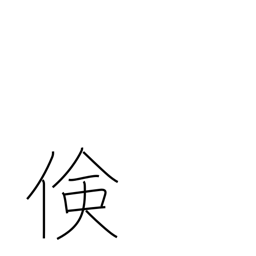
Meaning: economy